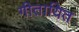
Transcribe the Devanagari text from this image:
गीतायित